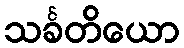
သင်္ခတိယော